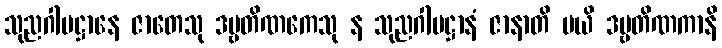
သုညဂါမဋ္ဌာနေ ဇာတေသု ဒဗ္ဗတိဏကေသု န သုညဂါမဋ္ဌာနံ ဇာနာတိ မယိ ဒဗ္ဗတိဏကာနိ